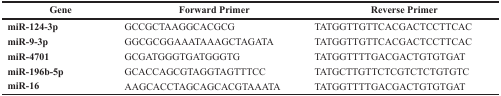
<table><thead><tr><td><b>Gene</b></td><td><b>Forward Primer</b></td><td><b>Reverse Primer</b></td></tr></thead><tbody><tr><td><b>miR-124-3p</b></td><td>GCCGCTAAGGCACGCG</td><td>TATGGTTGTTCACGACTCCTTCAC</td></tr><tr><td><b>miR-9-3p</b></td><td>GGCGCGGAAATAAAGCTAGATA</td><td>TATGGTTGTTCACGACTCCTTCAC</td></tr><tr><td><b>miR-4701</b></td><td>GCGATGGGTGATGGGTG</td><td>TATGGTTTTGACGACTGTGTGAT</td></tr><tr><td><b>miR-196b-5p</b></td><td>GCACCAGCGTAGGTAGTTTCC</td><td>TATGCTTGTTCTCGTCTCTGTGTC</td></tr><tr><td><b>miR-16</b></td><td>AAGCACCTAGCAGCACGTAAATA</td><td>TATGGTTTTGACGACTGTGTGAT</td></tr></tbody></table>